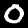
Label: 0